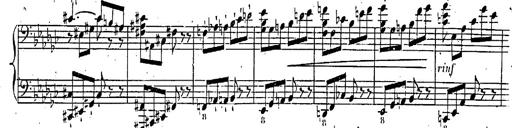
Title: Marche et Cavatine de Lucie de Lammermoor, S.398
Composer: Franz Liszt